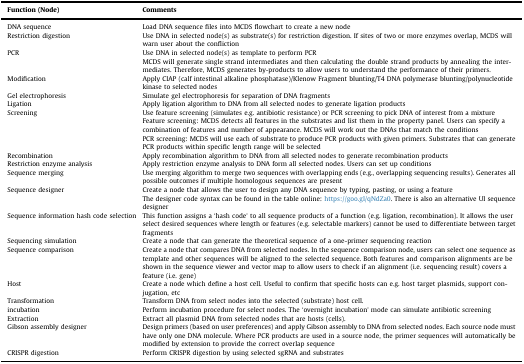
<table><thead><tr><td><b>Function (Node)</b></td><td><b>Comments</b></td></tr></thead><tbody><tr><td>DNA sequence</td><td>Load DNA sequence files into MCDS flowchart to create a new node</td></tr><tr><td>Restriction digestion</td><td>Use DNA in selected node(s) as substrate(s) for restriction digestion. If sites of two or more enzymes overlap, MCDS will warn user about the confliction</td></tr><tr><td rowspan="2">PCR</td><td>Use DNA in selected node(s) as template to perform PCR</td></tr><tr><td>MCDS will generate single strand intermediates and then calculating the double strand products by annealing the intermediates. Therefore, MCDS generates by-products to allow users to understand the performance of their primers.</td></tr><tr><td>Modification</td><td>Apply CIAP (calf intestinal alkaline phosphatase)/Klenow Fragment blunting/T4 DNA polymerase blunting/polynucleotide kinase to selected nodes</td></tr><tr><td>Gel electrophoresis</td><td>Simulate gel electrophoresis for separation of DNA fragments</td></tr><tr><td>Ligation</td><td>Apply ligation algorithm to DNA from all selected nodes to generate ligation products</td></tr><tr><td rowspan="3">Screening</td><td>Use feature screening (simulates e.g. antibiotic resistance) or PCR screening to pick DNA of interest from a mixture</td></tr><tr><td>Feature screening: MCDS detects all features in the substrates and list them in the property panel. Users can specify a combination of features and number of appearance. MCDS will work out the DNAs that match the conditions</td></tr><tr><td>PCR screening: MCDS will use each of substrate to produce PCR products with given primers. Substrates that can generate PCR products within specific length range will be selected</td></tr><tr><td>Recombination</td><td>Apply recombination algorithm to DNA from all selected nodes to generate recombination products</td></tr><tr><td>Restriction enzyme analysis</td><td>Apply restriction enzyme analysis to DNA form all selected nodes. Users can set up conditions</td></tr><tr><td>Sequence merging</td><td>Use merging algorithm to merge two sequences with overlapping ends (e.g., overlapping sequencing results). Generates all possible outcomes if multiple homologous sequences are present</td></tr><tr><td rowspan="2">Sequence designer</td><td>Create a node that allows the user to design any DNA sequence by typing, pasting, or using a feature</td></tr><tr><td>The designer code syntax can be found in the table online: https://goo.gl/qNdZa0. There is also an alternative UI sequence designer</td></tr><tr><td>Sequence information hash code selection</td><td>This function assigns a ‘hash code’ to all sequence products of a function (e.g. ligation, recombination). It allows the user select desired sequences where length or features (e.g. selectable markers) cannot be used to differentiate between target fragments</td></tr><tr><td>Sequencing simulation</td><td>Create a node that can generate the theoretical sequence of a one-primer sequencing reaction</td></tr><tr><td>Sequence comparison</td><td>Create a node that compares DNA from selected nodes. In the sequence comparison node, users can select one sequence as template and other sequences will be aligned to the selected sequence. Both features and comparison alignments are be shown in the sequence viewer and vector map to allow users to check if an alignment (i.e. sequencing result) covers a feature (i.e. gene)</td></tr><tr><td>Host</td><td>Create a node which define a host cell. Useful to confirm that specific hosts can e.g. host target plasmids, support conjugation, etc</td></tr><tr><td>Transformation</td><td>Transform DNA from select nodes into the selected (substrate) host cell.</td></tr><tr><td>incubation</td><td>Perform incubation procedure for select nodes. The ‘overnight incubation’ mode can simulate antibiotic screening</td></tr><tr><td>Extraction</td><td>Extract all plasmid DNA from selected nodes that are hosts (cells).</td></tr><tr><td>Gibson assembly designer</td><td>Design primers (based on user preferences) and apply Gibson assembly to DNA from selected nodes. Each source node must have only one DNA molecule. Where PCR products are used in a source node, the primer sequences will automatically be modified by extension to provide the correct overlap sequence</td></tr><tr><td>CRISPR digestion</td><td>Perform CRISPR digestion by using selected sgRNA and substrates</td></tr></tbody></table>